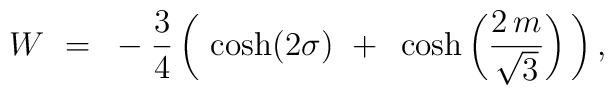
W ~=~ -{3 \over 4}\,\bigg(\,\cosh(2 \sigma) ~+~ \cosh\bigg({2\,m \over \sqrt{3}} \bigg) \,\bigg) \,,